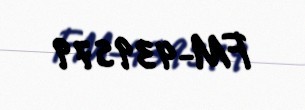
FM-439579